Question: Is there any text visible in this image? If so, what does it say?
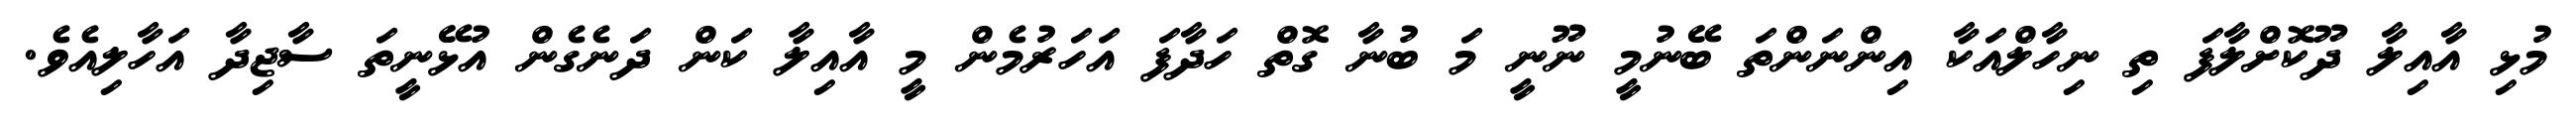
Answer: މުޅި އާއިލާ ދޫކޮށްލާފަ ތި ނިހާލްއަކާ އިންނަންތަ ބޭނުމީ ނޫނީ މަ ބުނާ ގޮތް ހަދާފަ އަހަރުމެން މީ އާއިލާ ކަން ދަނެގެން އުޅޭނީތަ ސާޖިދާ އަހާލިއެވެ.